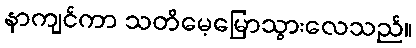
နာကျင်ကာ သတိမေ့မြောသွားလေသည်။